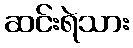
ဆင်းရဲသား